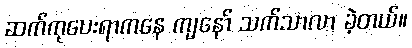
ဆက်ကုပေးရာကနေ ကျနော် သက်သာလာ ခဲ့တယ်။